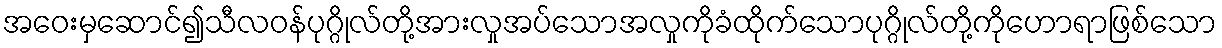
အဝေးမှဆောင်၍သီလဝန်ပုဂ္ဂိုလ်တို့အားလှုအပ်သောအလှုကိုခံထိုက်သောပုဂ္ဂိုလ်တို့ကိုဟောရာဖြစ်သော